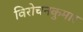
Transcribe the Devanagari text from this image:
विरोचनकुमार